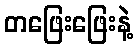
တဖြေးဖြေးနဲ့